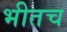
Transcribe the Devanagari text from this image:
भीतच